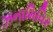
ઝનામિવિર